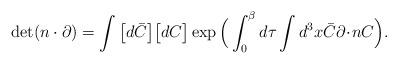
LaTeX: \begin{align*}\det (n\cdot \partial) = \int \big [ d \bar C \big ] \big [ dC\big ] \exp \Big ( \int_0^{\beta} d\tau \int d^3x \bar C\partial\!\cdot\! n C \Big ).\end{align*}